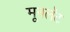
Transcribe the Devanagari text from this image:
मूनलॅट